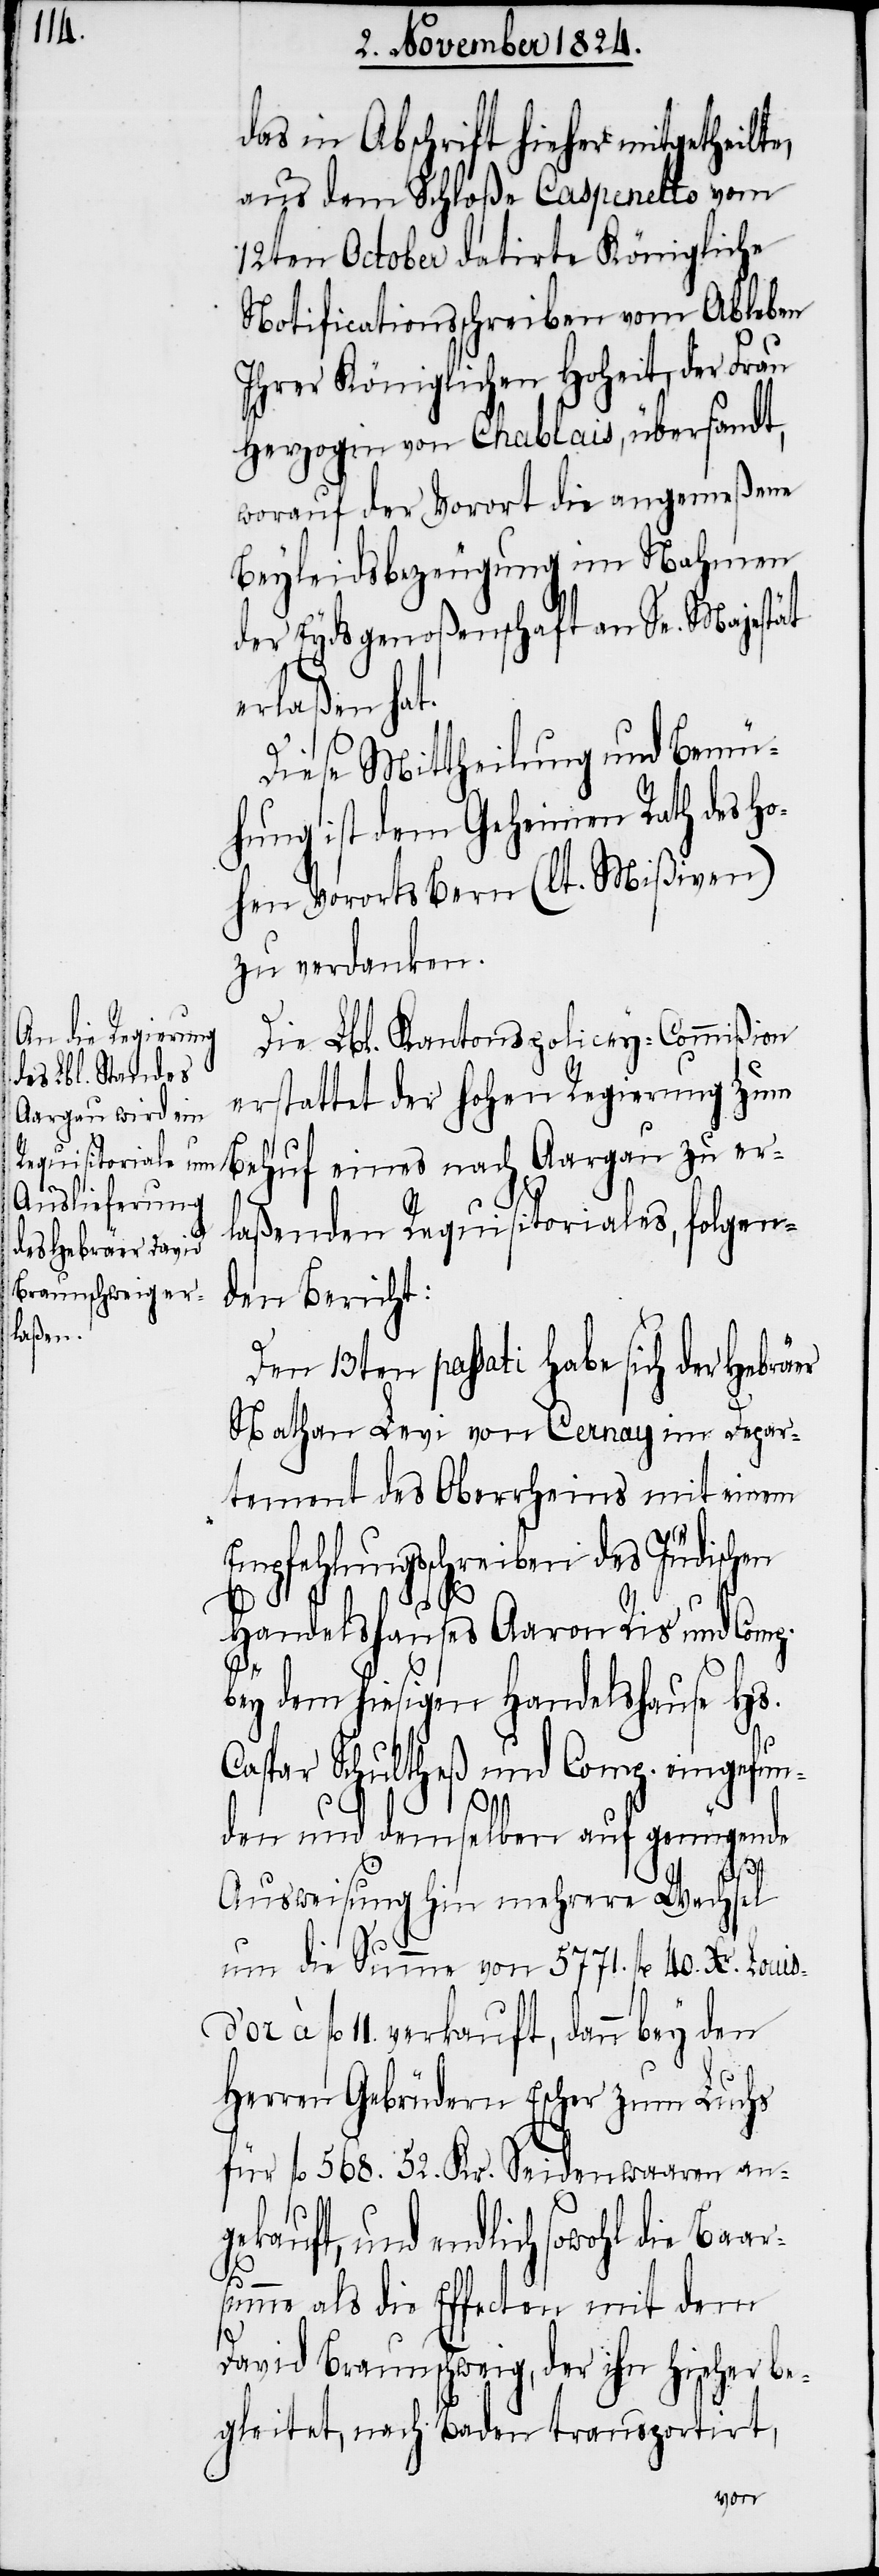
äer

das in Abschrift hieher mitgetheilte,
aus dem Schloße Caspenetto vom
12ten October datirte Königliche
Notificationsschreiben vom Ableben
Ihrer Königlichen Hoheit, der Frau
Herzogin von Chablais, übersandt,
worauf der Vorort die angemeßene
Beyleidsbezeugung im Nahmen
der Eydsgenoßenschaft an Se. Majestät
erlaßen hat.
Diese Mittheilung und Bemü¬
hung ist dem Geheimen Rath des h¬
ohen Vororts Bern (lt. Mißiven)
zu verdanken.
Die Lbl. Kantons-Policey-Commißion
erstattet der hohen Regierung zum
Behuf eines nach Aargau zu er¬
laßenden Requisitoriales, folgen¬
den Bericht:
Den 13ten passati habe sich der Hebr¬
Nathan Levi von Cernay im Depar¬
tement des Oberrheins mit einem
Empfehlungsschreiben des Jüdischen
Handelshauses Aaron Ris und Comp.
bey dem hiesigen Handelshause Hs.
Caspar Schultheß und Comp. eingefun¬
gekauft,
den und demselben auf genügende
Ausweisung hin mehrere Wechsel
um die Summe von 5771. fl 40. Xr. Louis
fl 11. verkauft, dann bey den
Herren Gebrüdern Escher zum Luchs
für fl 568. 52. Kr. Seidenwaaren an¬
und endlich sowohl die Baar¬
summe als die Effecten mit dem
David Braunschweig, der ihn hieher be¬
gleitet, nach Baden transportirt,